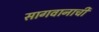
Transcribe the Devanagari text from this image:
सागवानाची